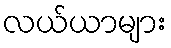
လယ်ယာများ